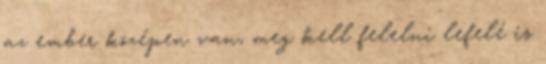
az ember középen van, meg kell felelni lefelé is